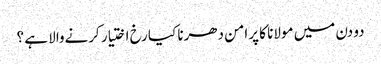
دو دن میں مولانا کا پرامن دھرنا کیا رخ اختیار کرنےوالا ہے ؟